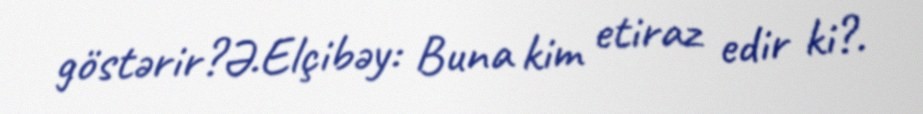
göstərir?Ə.Elçibəy: Buna kim etiraz edir ki?.